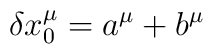
\delta x_{0}^{\mu}=a^{\mu}+b^{\mu}